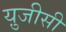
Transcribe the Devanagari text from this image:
यु़जीसी